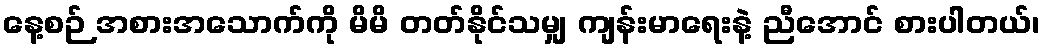
နေ့စဉ် အစားအသောက်ကို မိမိ တတ်နိုင်သမျှ ကျန်းမာရေးနဲ့ ညီအောင် စားပါတယ်၊